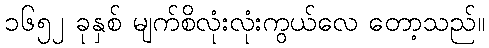
၁၆၅၂ ခုနှစ် မျက်စိလုံးလုံးကွယ်လေ တော့သည်။